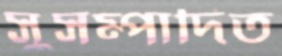
সুসম্পাদিত